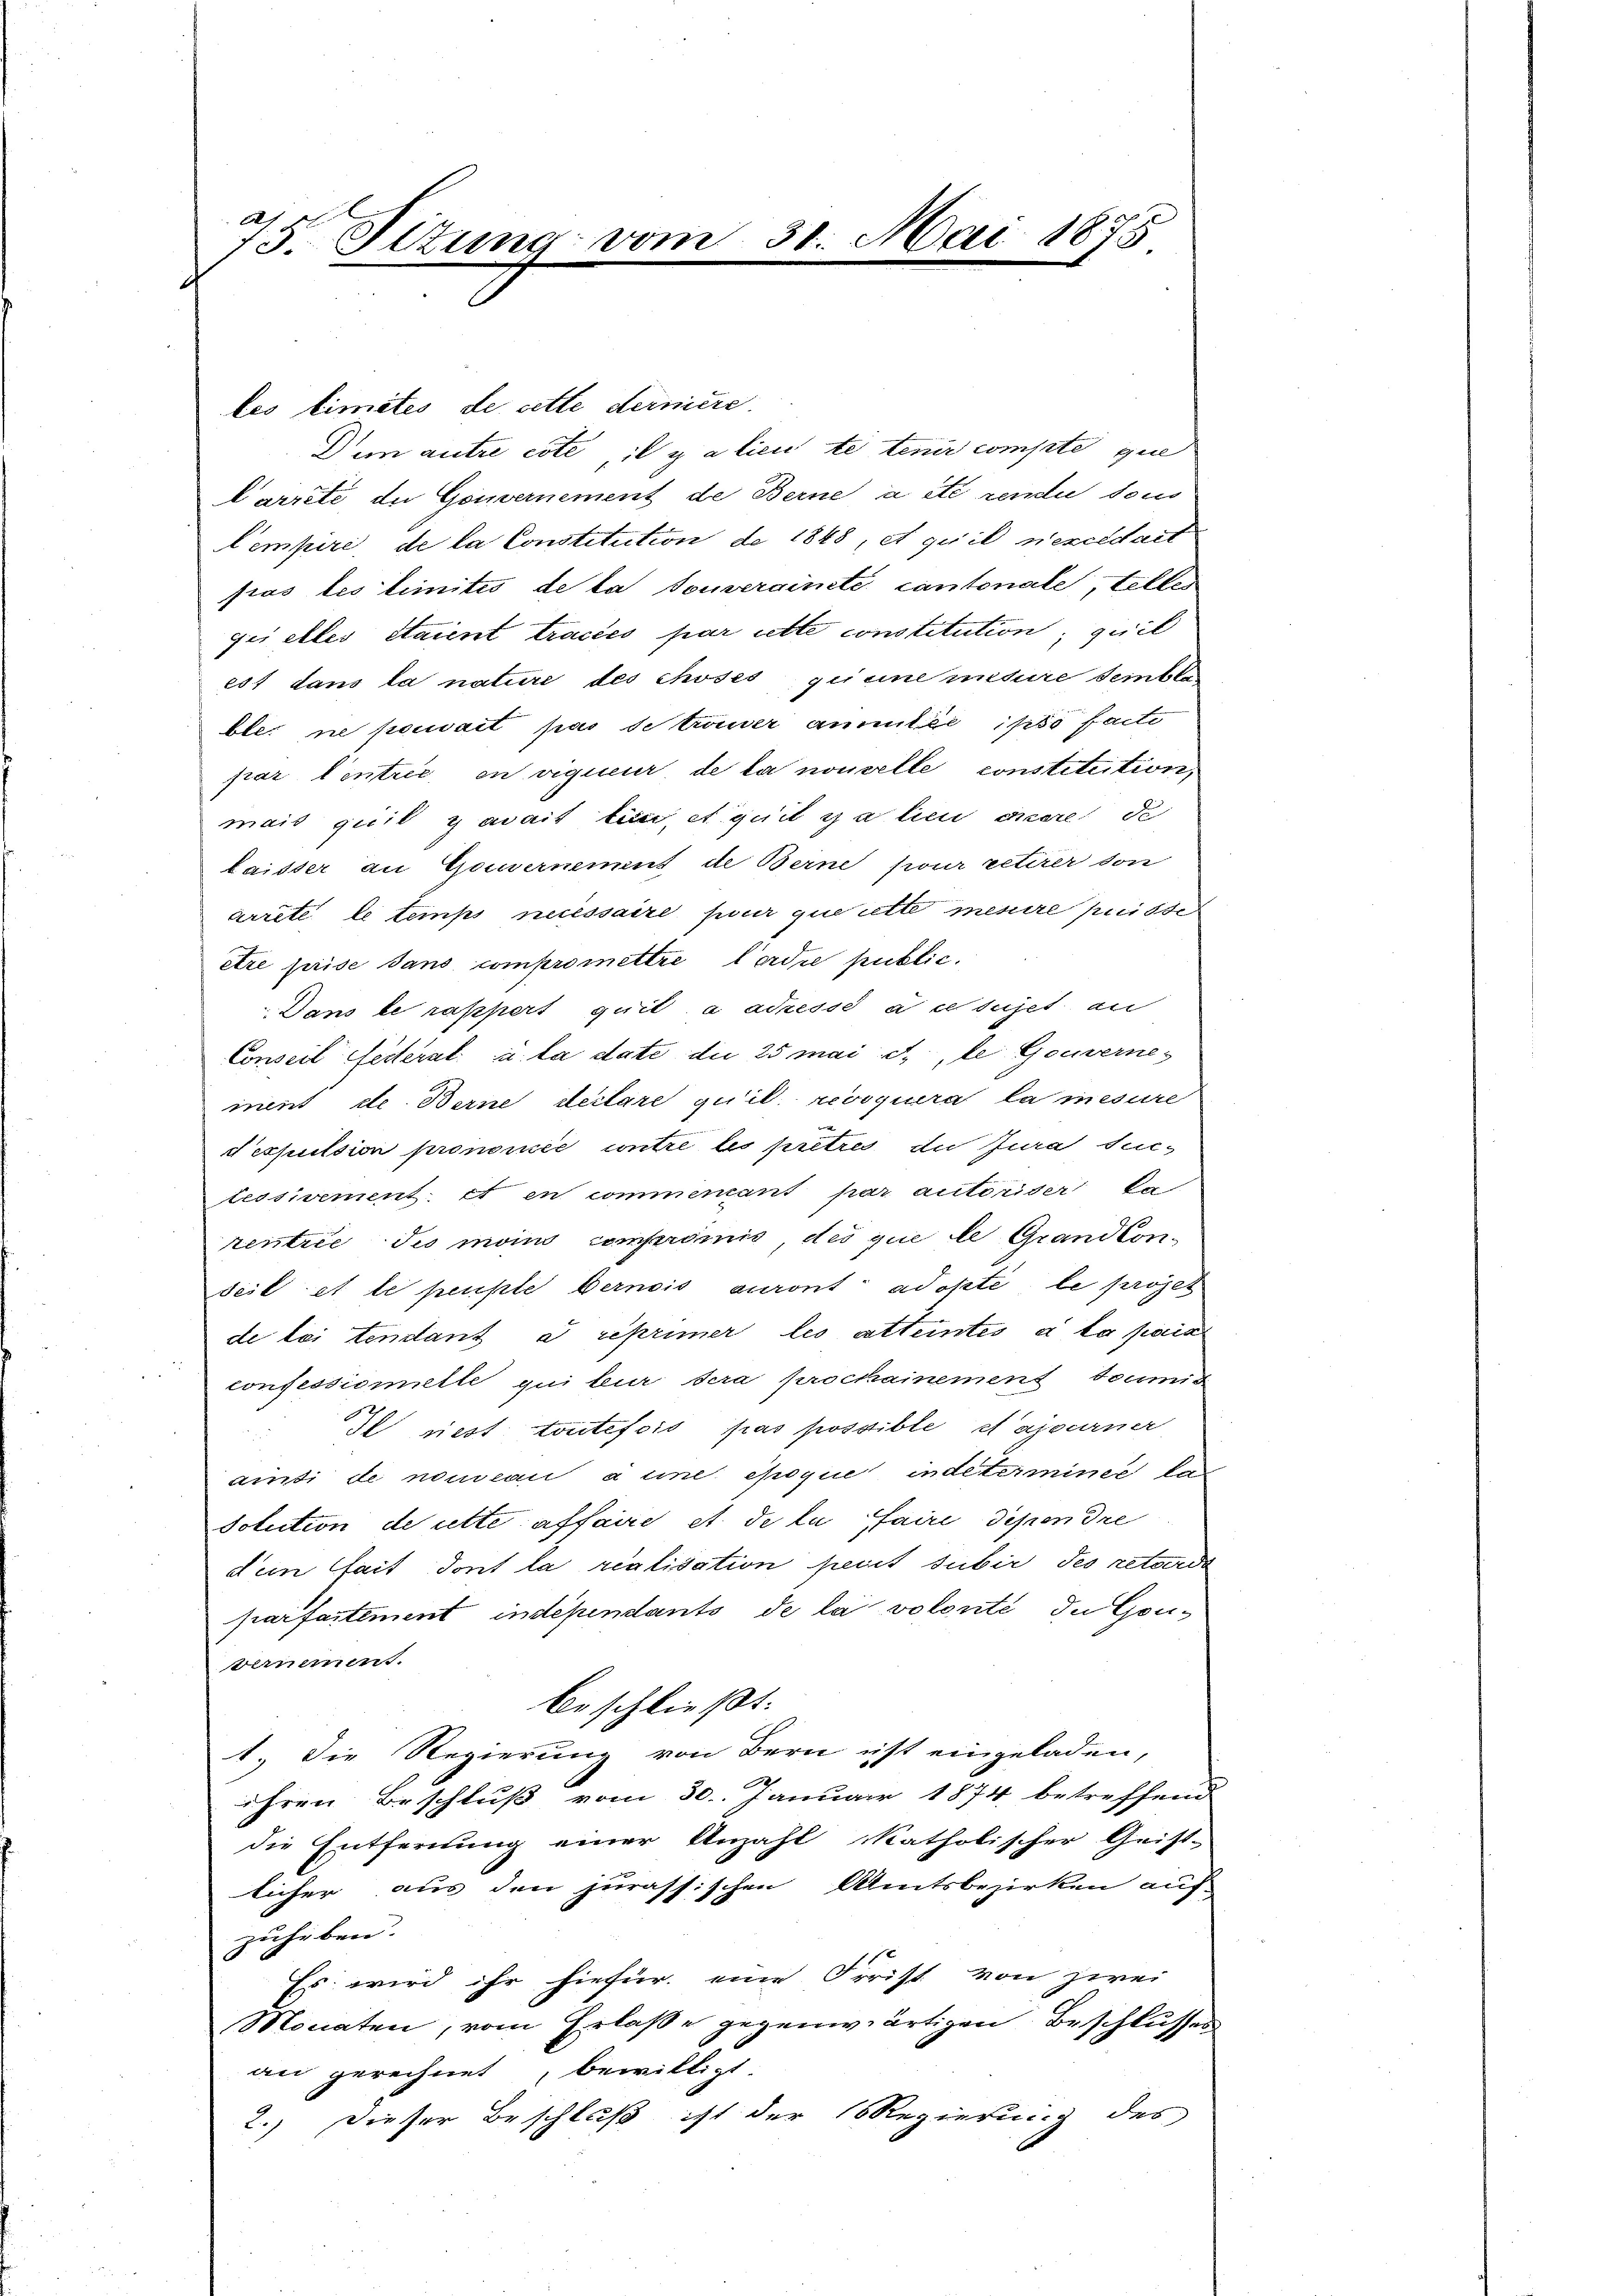
1
15. Situng vom 31. Mai 1875

les limités de cette derniere
Den autre cote, il y a lieute tenir compte que
larreté de Gouvernement de Berne a été rende sous
Cempire, de la Constitution de 1848; et qu’il niezeldait
pras les limitis de la touverainete Cantonale, teller
gii elles Staient tracés par cette constitution, quil
est dans la nature des choses quine miture semble
bler ne pouvait pas se trouver ammler ipso facti
par Centrie en vigueur de la nouvelle constitution,
mais qui y avait ten, et quit es a lieu anere de
laisser an Gouvernement de Berne pour retirer don
arrete le temps necessaire pour que cette menire puisse
être prise sans compromettre Cordre public.
Dans le rappert quit à ackesse au sujet an
Conseil Federal u. la date die 25 mai d. le Gouverne-
ment de Berne declare qu’il revoquera la mesure
despulsion prononce untre les pretzes du Jura seitessivement: et en commentant par autoriser ka
rentree des moins compromis des que le Grandkondeil et le peuple Bernois auront adopté, le prozes
de bei tendant a reprimer les atteintes à la paie
confessionielle qui sur sera prockainement domic
 riest toutefois pas possible et ajourner
aisi de nouveau aune époque indeterminee kan
Solution de cette affaire et de la faire dependre
dein fait dont la realisation peut subir des retarde
parfaitement, independants de la volonté de Gou¬
Bernemens.
beschließt:
1.) Die Regierung von Bern ist eingeladen,
ihren Beschluß vom 30. Januar 1874 betreffend
die Entfernung einer Anzahl katholischer Geist-
licher aus den jurassischen Amtsbezirken auf
zuheben.
Es wird ihr hiefür eine Frist von zwei
Monaten, vom Erlaße gegenwärtigen Beschlusses
an gerechnet, bewilligt
2.) Dieser Beschluß ist der Regierung des